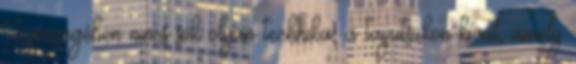
Lényegében nincs sok olyan technika, a taijutsukon kívül, amely